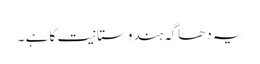
یہ دھاگہ ہندوستانیت کا ہے ۔